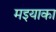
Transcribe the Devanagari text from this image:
मइयाका